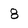
Character: 8